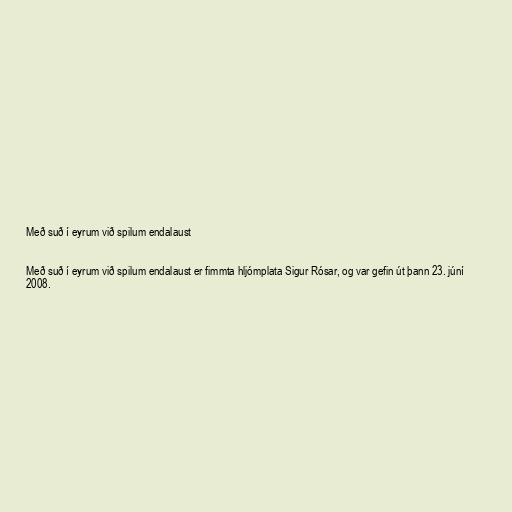
Með suð í eyrum við spilum endalaust

Með suð í eyrum við spilum endalaust er fimmta hljómplata Sigur Rósar, og var gefin út þann 23. júní
2008.